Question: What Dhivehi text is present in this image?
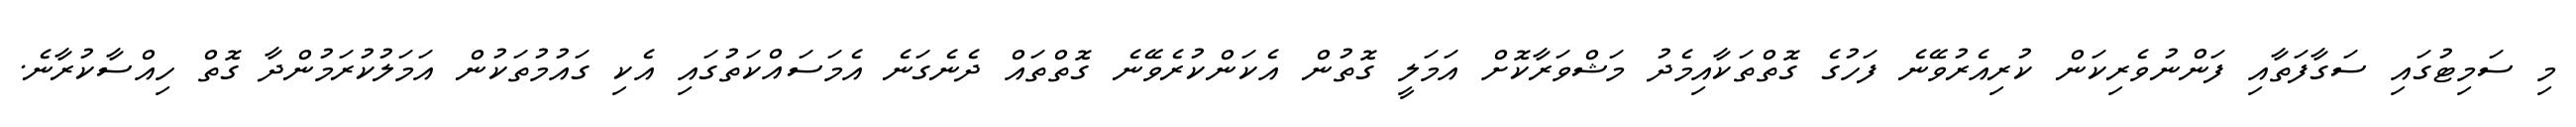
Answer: މި ސަމިޓުގައި ސަގާފަތާއި ފަންނުވެރިކަން ކުރިއެރުވޭނެ ފަހުގެ ގޮތްތަކާއިމެދު މަޝްވަރާކޮށް އަމަލީ ގޮތުން އެކަންކުރެވޭނެ ގޮތްތައް ދެނެގަނެ އެމަސައްކަތުގައި އެކި ގައުމުތަކުން އަމަލުކުރަމުންދާ ގޮތް ހިއްސާކުރާނެ.